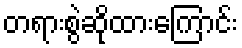
တရားစွဲဆိုထားကြောင်း